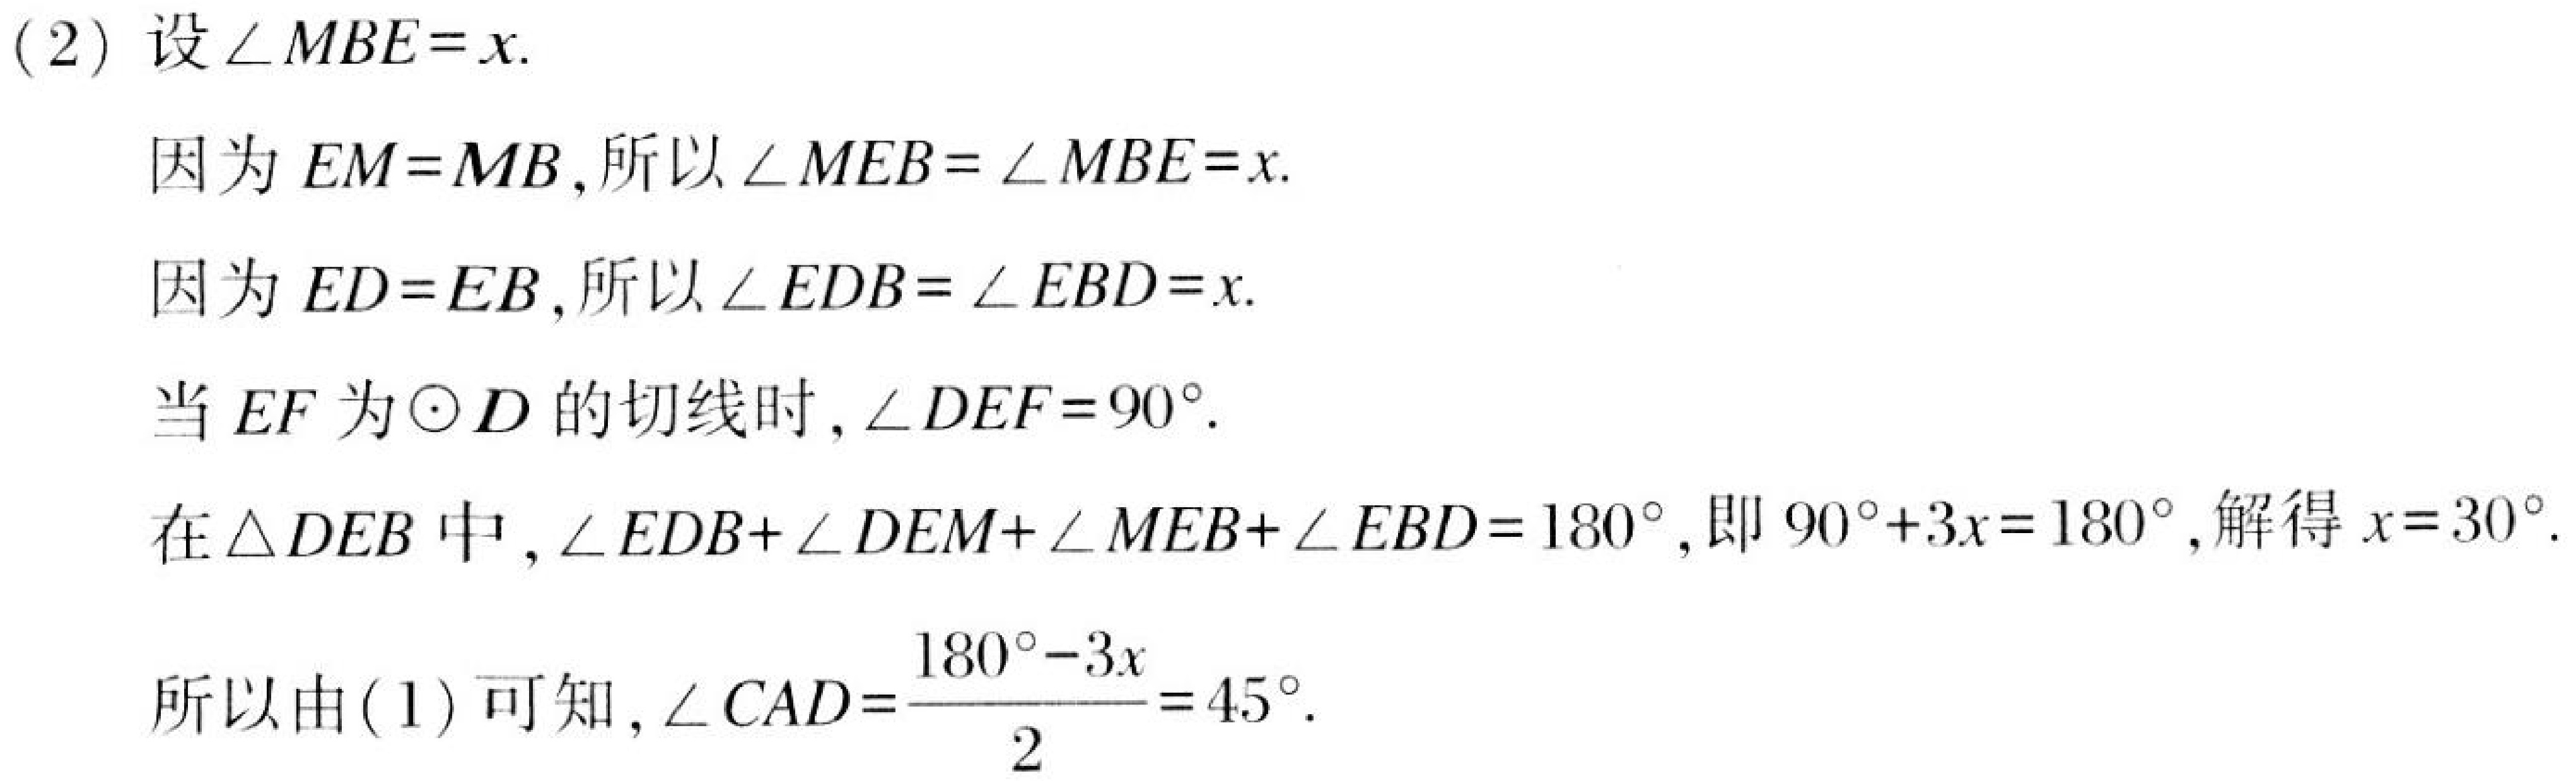
(2) 设\(\angle MBE = x\).
因为\(EM = MB\),所以\(\angle MEB=\angle MBE = x\).
因为\(ED = EB\),所以\(\angle EDB=\angle EBD = x\).
当\(EF\)为\(\odot D\)的切线时,\(\angle DEF = 90^{\circ}\).
在\(\triangle DEB\)中,\(\angle EDB+\angle DEM+\angle MEB+\angle EBD = 180^{\circ}\),即\(90^{\circ}+3x = 180^{\circ}\),解得\(x = 30^{\circ}\).
所以由(1) 可知,\(\angle CAD=\frac{180^{\circ}-3x}{2}=45^{\circ}\).